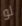
لو